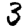
Digit: 3